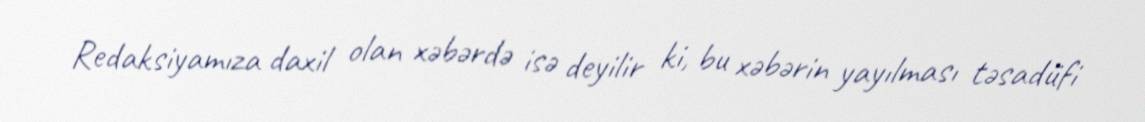
Redaksiyamıza daxil olan xəbərdə isə deyilir ki, bu xəbərin yayılması təsadüfi